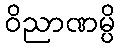
ဝိညာဏမ္ပိ